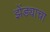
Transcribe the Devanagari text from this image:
झेंड्याचा